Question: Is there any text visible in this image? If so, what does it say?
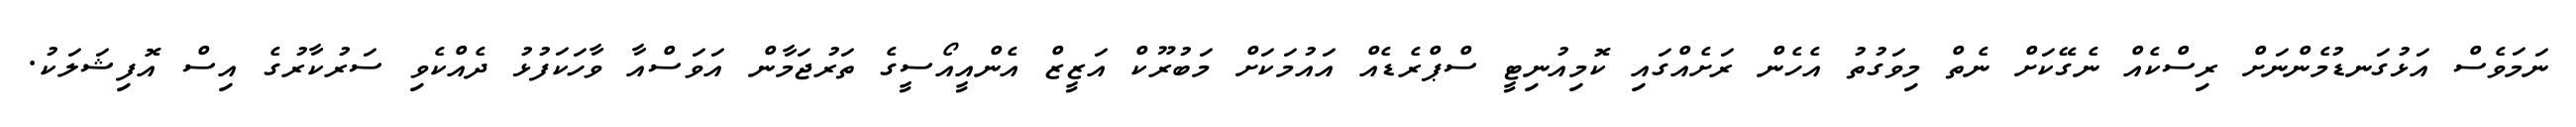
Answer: ނަމަވެސް އަޅުގަނޑުމެންނަށް ރިސްކެއް ނެގޭކަށް ނެތް މިވަގުތު އެހެން ރަށެއްގައި ކޮމިއުނިޓީ ސްޕްރެޑެއް އައުމަކަށް މަބުރޫކް އަޒީޒް އެންއީއޯސީގެ ތަރުޖަމާން އަވަސްއާ ވާހަކަފުޅު ދެއްކެވި ސަރުކާރުގެ އިސް އޮފިޝަލަކު.